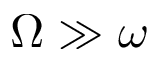
\Omega \gg \omega